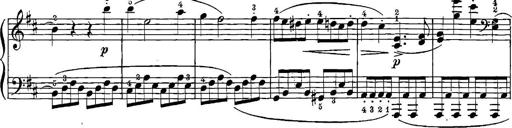
Title: 12 Sonatinas
Composer: Ignaz Pleyel